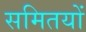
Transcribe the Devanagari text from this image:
समितयों